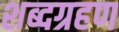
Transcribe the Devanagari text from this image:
शब्दग्रहण